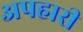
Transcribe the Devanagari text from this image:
अपहारी